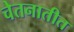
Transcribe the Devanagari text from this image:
चेतनातीत